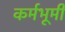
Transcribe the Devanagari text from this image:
कर्मभूमीं